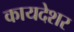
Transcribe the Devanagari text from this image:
कायदेशर